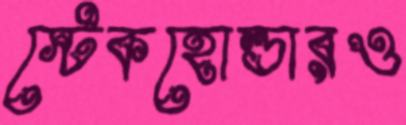
স্টেকহোল্ডারও